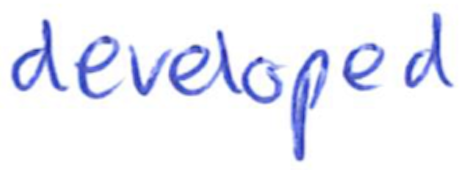
Text: developed
Cross-out: clean
Writing tool: ballpoint